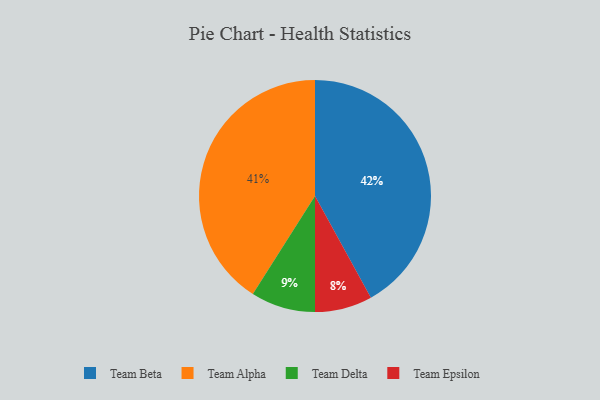
{"axis": {"x": "Category", "y": "Percentage"}, "legend": ["Team Alpha", "Team Beta", "Team Delta", "Team Epsilon"], "data": [{"x": "Team Epsilon", "y": 8, "type": "Team Epsilon"}, {"x": "Team Beta", "y": 42, "type": "Team Beta"}, {"x": "Team Delta", "y": 9, "type": "Team Delta"}, {"x": "Team Alpha", "y": 41, "type": "Team Alpha"}]}